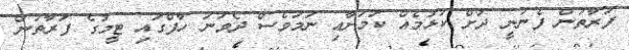
ފަރާތުން ފެނުނީ ދަށް ކުޅުމެއް ކަމަށާއި ނަމަވެސް ދެވަނަ ހާފްގައި ޓީމުގެ ފަރާތުން